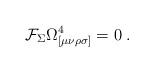
LaTeX: \begin{align*}\mathcal{F}_{\Sigma }\Omega _{[\mu \nu \rho \sigma ]}^{4}=0\;. \end{align*}